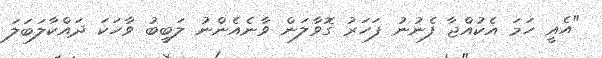
"އެއީ ހަމަ އެކުއްޖާ ފެނުނު ފަހަރު ގޮވާލަން ވާނެއެންނު ލަބީބު ވާހަކަ ދައްކާލަބަލަ